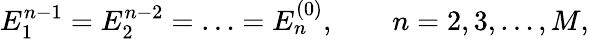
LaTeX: E_{1}^{n-1}=E_{2}^{n-2}=\ldots=E_{n}^{(0)},\qquad n=2,3,\ldots,M,